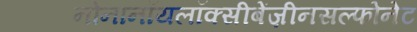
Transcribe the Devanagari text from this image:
नोनानॉयलॉक्सीबेंज़ीनसल्फोनेट